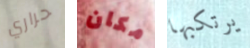
حراري مكان يرتكبها